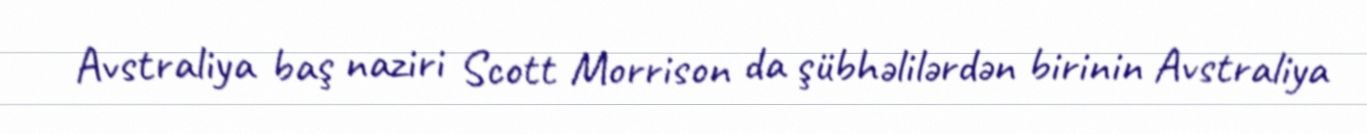
Avstraliya baş naziri Scott Morrison da şübhəlilərdən birinin Avstraliya